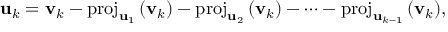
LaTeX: \mathbf { u } _ { k } = \mathbf { v } _ { k } - \mathrm { p r o j } _ { \mathbf { u } _ { 1 } } \, ( \mathbf { v } _ { k } ) - \mathrm { p r o j } _ { \mathbf { u } _ { 2 } } \, ( \mathbf { v } _ { k } ) - \cdots - \mathrm { p r o j } _ { \mathbf { u } _ { k - 1 } } \, ( \mathbf { v } _ { k } ) ,